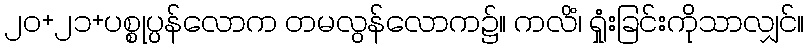
၂၀+၂၁+ပစ္စုပ္ပန်လောက တမလွန်လောက၌။ ကလိံ၊ ရှုံးခြင်းကိုသာလျှင်။